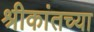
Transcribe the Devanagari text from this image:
श्रीकांतच्या